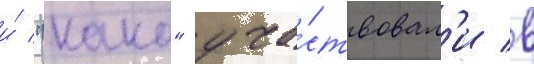
и́ "како" уча́ствовал'и в